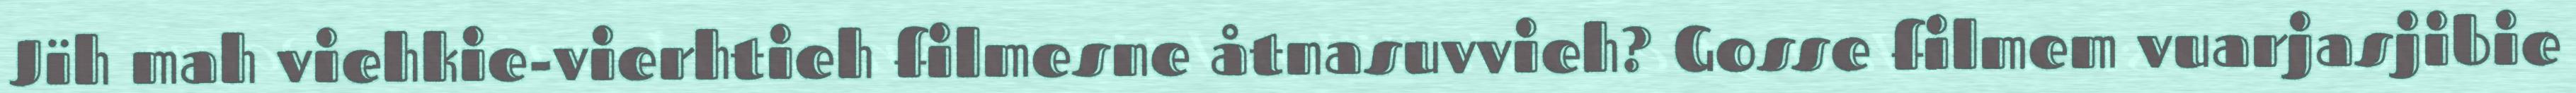
Jïh mah viehkie-vierhtieh filmesne åtnasuvvieh? Gosse filmem vuarjasjibie